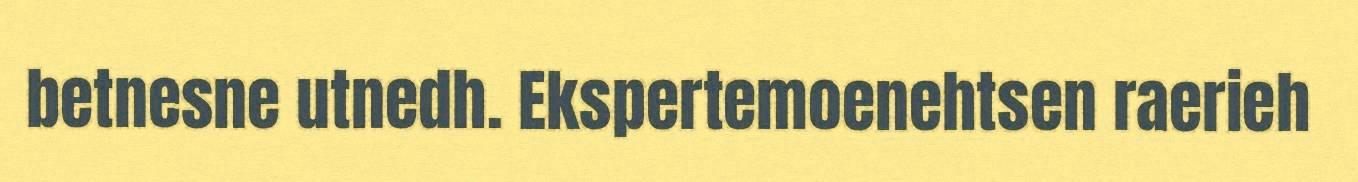
betnesne utnedh. Ekspertemoenehtsen raerieh